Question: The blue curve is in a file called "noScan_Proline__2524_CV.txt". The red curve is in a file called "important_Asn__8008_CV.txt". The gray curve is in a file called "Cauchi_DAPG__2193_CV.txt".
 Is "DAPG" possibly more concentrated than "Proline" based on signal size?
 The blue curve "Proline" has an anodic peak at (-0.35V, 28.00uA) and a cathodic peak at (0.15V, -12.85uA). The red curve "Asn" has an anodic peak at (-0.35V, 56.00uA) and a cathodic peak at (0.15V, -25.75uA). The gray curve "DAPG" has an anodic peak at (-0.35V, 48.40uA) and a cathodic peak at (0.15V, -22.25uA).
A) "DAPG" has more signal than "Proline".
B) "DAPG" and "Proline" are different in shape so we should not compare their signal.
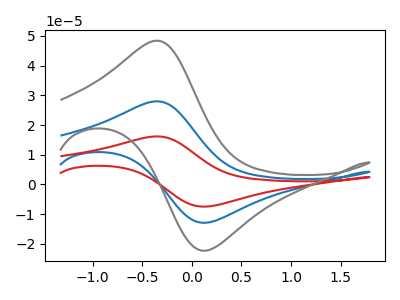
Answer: <think>All the peaks in "DAPG" have a peak in "Proline" at the same potential. Every peak in "DAPG" is higher than every peak in "Proline".
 </think>
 <answer>A) "DAPG" has more signal than "Proline".</answer>
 <eval>A</eval>